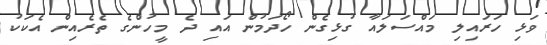
ވަޅި ހަރައިލި މައްސަލައާ ގުޅިގެން ހޯދަމުން އައި ދެ މީހުންގެ ތެރެއިން އެކަކު